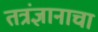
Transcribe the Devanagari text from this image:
तत्रंज्ञानाचा